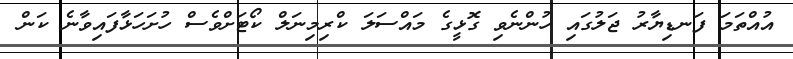
އުއްތަމަ ފަނޑިޔާރު ޖަލުގައި ހުންނެވި ގޮޅީގެ މައްސަލަ ކްރިމިނަލް ކޯޓަށްވެސް ހުށަހަޅާފައިވާނެ ކަން